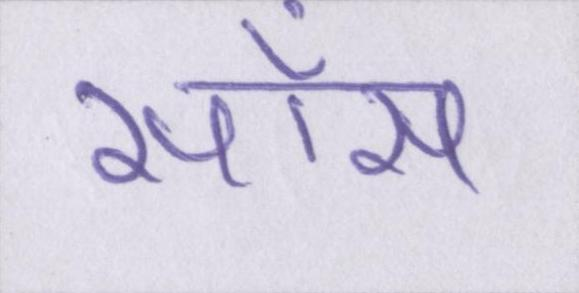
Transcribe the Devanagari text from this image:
साँस